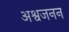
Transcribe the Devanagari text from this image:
अश्वजनन